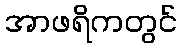
အာဖရိကတွင်